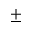
\pm